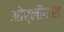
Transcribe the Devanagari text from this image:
ओर्लीन्स